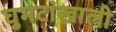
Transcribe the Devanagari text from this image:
घुमटांखाली